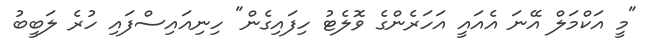
"މީ އަކްމަލް އޭނަ އެއައީ އަހަރެންގެ ވޮލެޓު ހިފައިގެން" ހިނިއައިސްފައި ހުރެ ލަބީބު